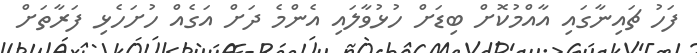
ފަހު ޗައިނާގައި އާއްމުކޮށް ބިޑަށް ހުޅުވާލައި އެންމެ ދަށް އަގެއް ހުށަހެޅި ފަރާތަށް